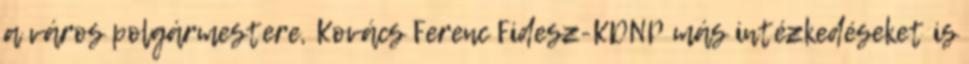
a város polgármestere, Kovács Ferenc Fidesz-KDNP más intézkedéseket is